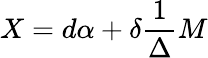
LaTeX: X=d\alpha+\delta\frac{1}{\Delta}M